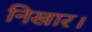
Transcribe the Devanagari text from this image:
निखार।